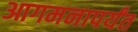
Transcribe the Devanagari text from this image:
आगमनापर्यंत